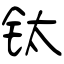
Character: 钛